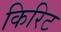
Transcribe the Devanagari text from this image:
किरिट